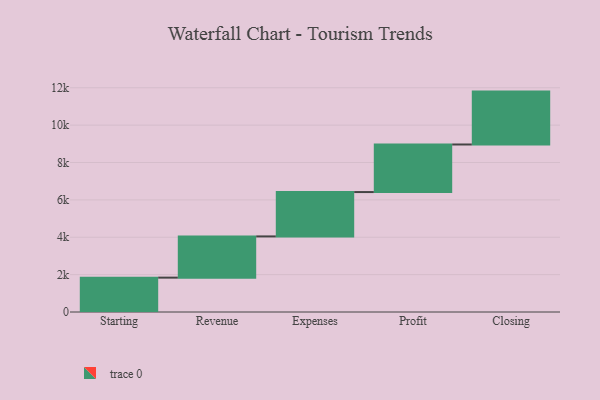
{"axis": {"x": "Step", "y": "Value"}, "legend": [""], "data": [{"x": "Starting", "y": 1839.0, "type": ""}, {"x": "Revenue", "y": 2206.0, "type": ""}, {"x": "Expenses", "y": 2373.0, "type": ""}, {"x": "Profit", "y": 2546.0, "type": ""}, {"x": "Closing", "y": 2830.0, "type": ""}]}